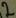
Text: 2